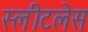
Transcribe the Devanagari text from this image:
स्लीटलेस